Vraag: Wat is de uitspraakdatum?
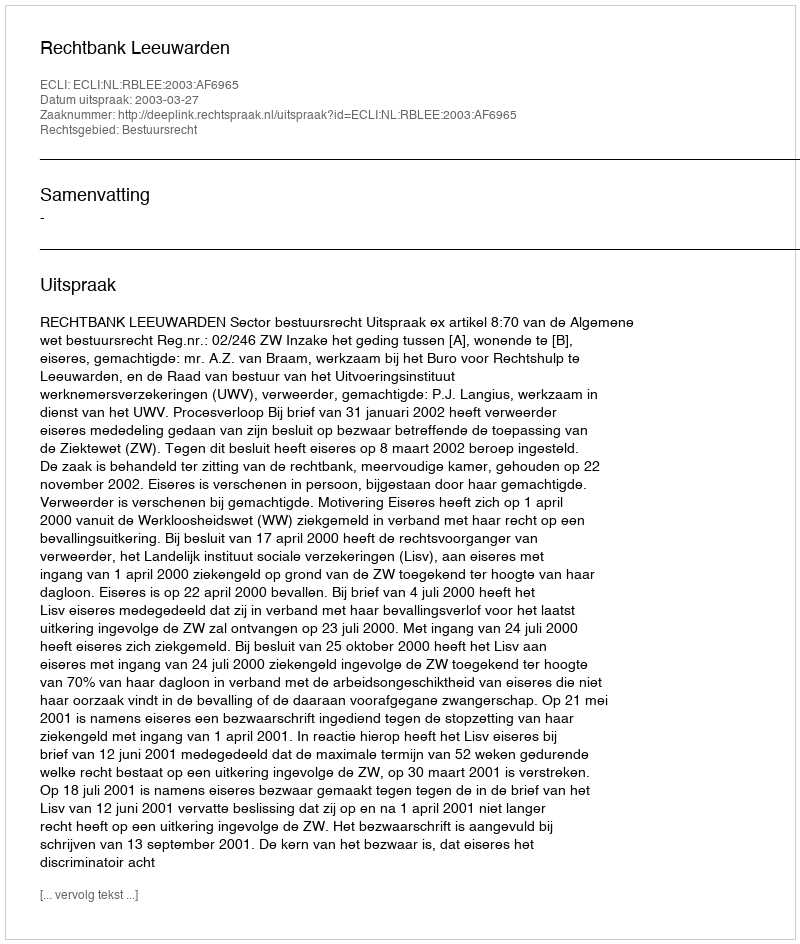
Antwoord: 2003-03-27